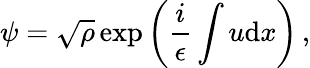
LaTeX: \psi=\sqrt{\rho}\exp\left(\frac{i}{\epsilon}\int{u}{\mathrm{d}}x\right)\, ,